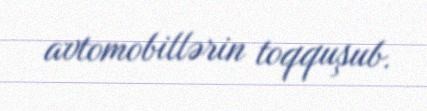
avtomobillərin toqquşub.